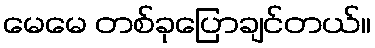
မေမေ တစ်ခုပြောချင်တယ်။